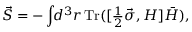
{ \vec { S } } = - \int \! \! d ^ { 3 } r \, \mathrm { T r } ( [ \textstyle \frac 1 2 { \vec { \sigma } } , H ] \bar { H } ) ,